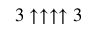
3 \uparrow \uparrow \uparrow \uparrow 3